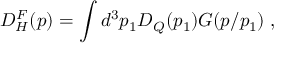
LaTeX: D _ { H } ^ { F } ( p ) = \int d ^ { 3 } p _ { 1 } D _ { Q } ( p _ { 1 } ) G ( p / p _ { 1 } ) \; ,